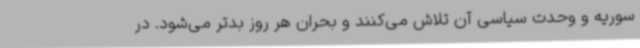
سوریه و وحدت سیاسی آن تلاش می‌کنند و بحران هر روز بدتر می‌شود. در